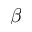
\beta